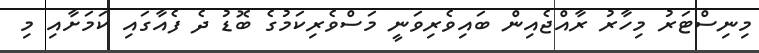
މިނިސްޓަރު މިހާރު ރާއްޖެއިން ބައިވެރިވަނީ މަސްވެރިކަމުގެ ބޮޑު ދެ ފެއާގައި ކަމަށާއި މި